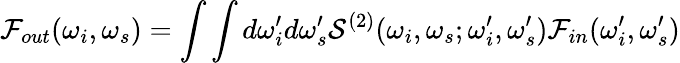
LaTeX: \mathcal{F}_{out}(\omega_{i},\omega_{s})=\int\int d\omega_{i}^{\prime}d\omega_{s}^{\prime}\mathcal{S}^{(2)}(\omega_{i},\omega_{s};\omega_{i}^{\prime},\omega_{s}^{\prime})\mathcal{F}_{in}(\omega_{i}^{\prime},\omega_{s}^{\prime})